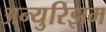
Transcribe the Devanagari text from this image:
अन्युरिझम